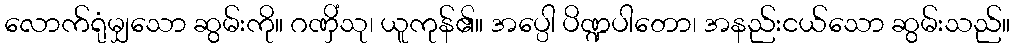
လောက်ရုံမျှသော ဆွမ်းကို။ ဂဏှိံသု၊ ယူကုန်၏။ အပ္ပေါ ပိဏ္ဍပါတော၊ အနည်းငယ်သော ဆွမ်းသည်။